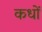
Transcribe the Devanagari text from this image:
कधों